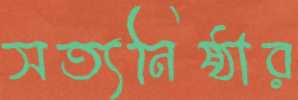
সত্যনিষ্ঠার